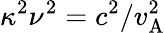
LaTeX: \kappa^{2}\nu^{2}=c^{2}/v_{\mathrm{A}}^{2}